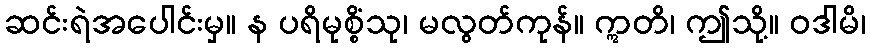
ဆင်းရဲအပေါင်းမှ။ န ပရိမုစ္စိံသု၊ မလွတ်ကုန်။ ဣတိ၊ ဤသို့။ ဝဒါမိ၊